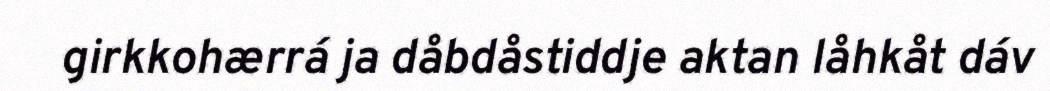
girkkohærrá ja dåbdåstiddje aktan låhkåt dáv